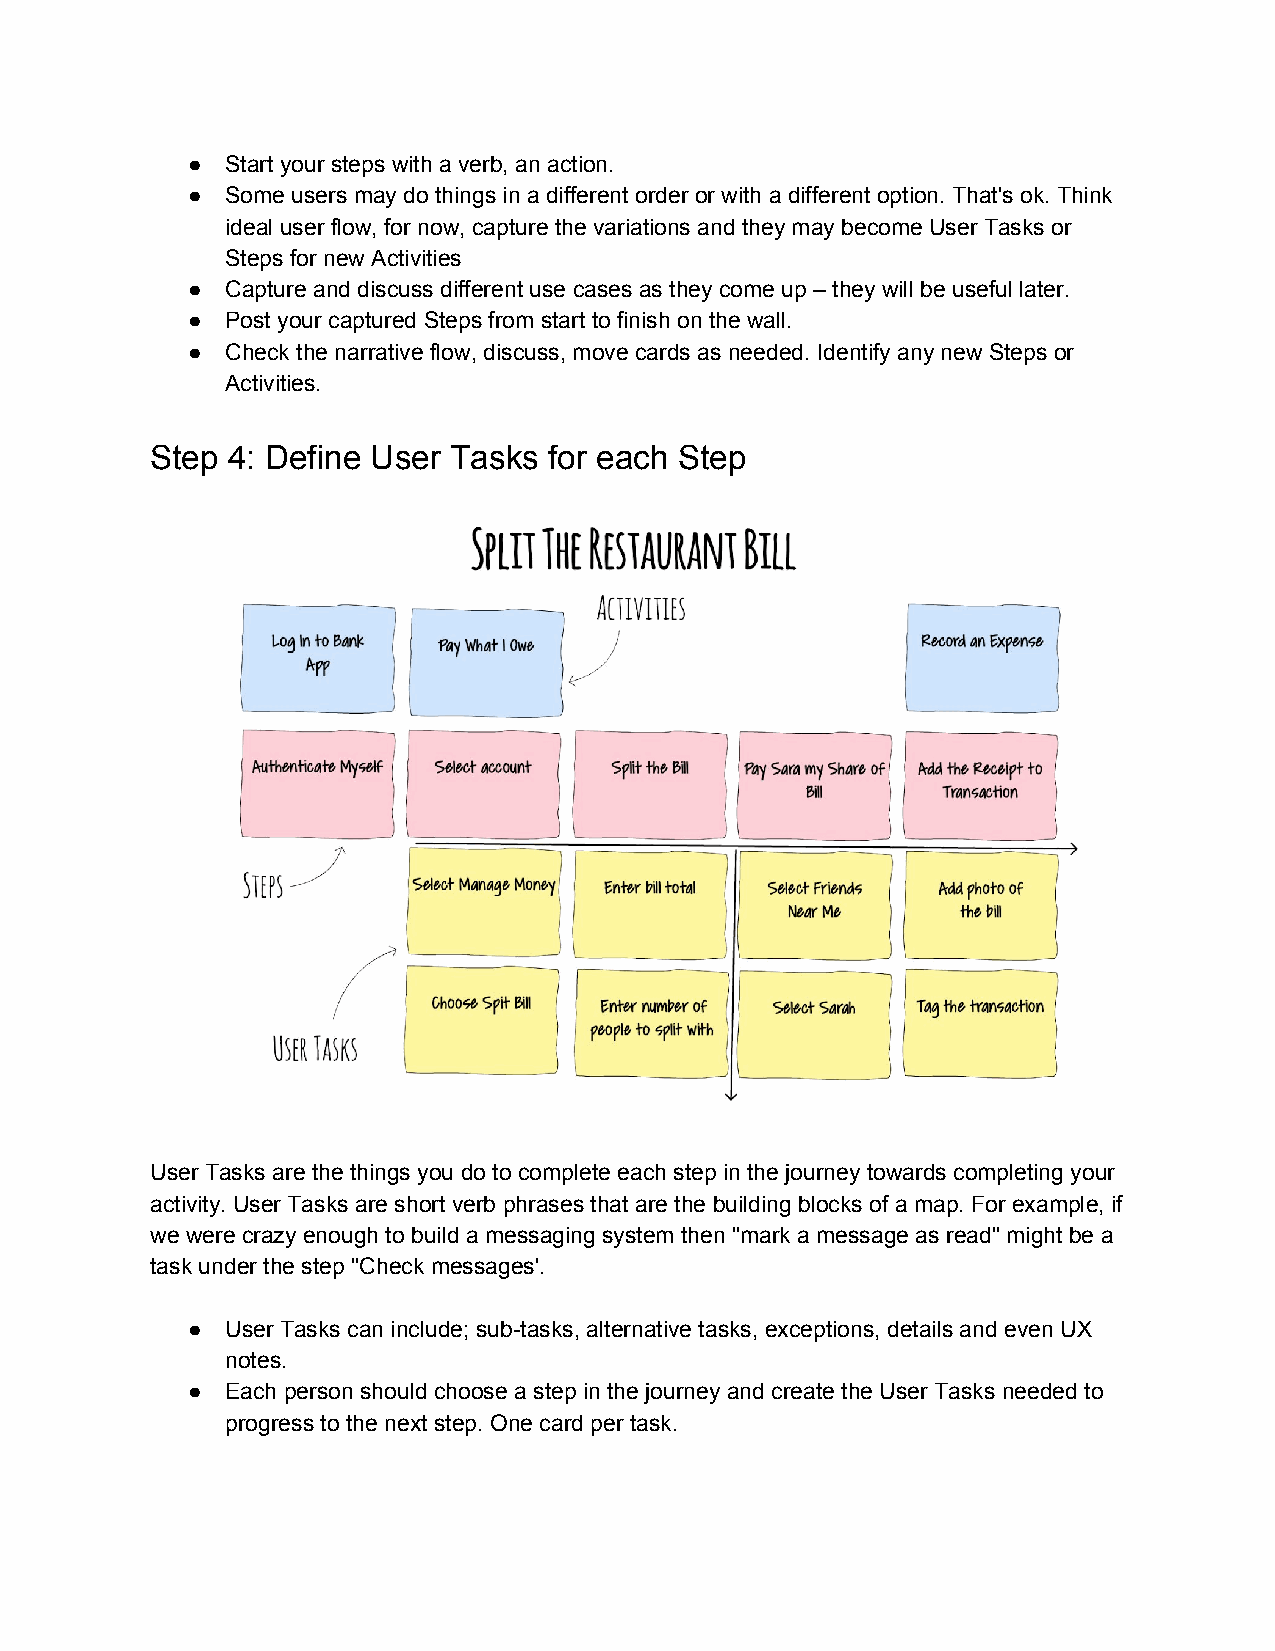
●  Start your steps with a verb, an action.
 ●  Some users may do things in a different order or with a different option. That's ok. Think
 ideal user flow, for now, capture the variations and they may become User Tasks or
 Steps for new Activities
 ●  Capture and discuss different use cases as they come up – they will be useful later.
 ●  Post your captured Steps from start to finish on the wall.
 ●  Check the narrative flow, discuss, move cards as needed. Identify any new Steps or
 Activities.
 Step 4: Define User Tasks for each Step
 User Tasks are the things you do to complete each step in the journey towards completing your
 activity. User Tasks are short verb phrases that are the building blocks of a map. For example, if
 we were crazy enough to build a messaging system then "mark a message as read" might be a
 task under the step "Check messages'.
 ●  User Tasks can include; sub-tasks, alternative tasks, exceptions, details and even UX
 notes.
 ●  Each person should choose a step in the journey and create the User Tasks needed to
 progress to the next step. One card per task.